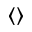
\left< \right>